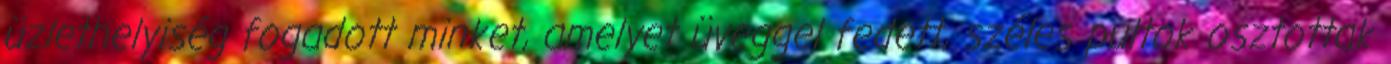
üzlethelyiség fogadott minket, amelyet üveggel fedett, széles pultok osztottak